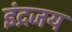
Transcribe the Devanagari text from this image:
इंद्रजय